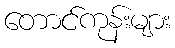
တောင်ကုန်းများ